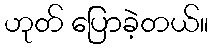
ဟုတ် ပြောခဲ့တယ်။